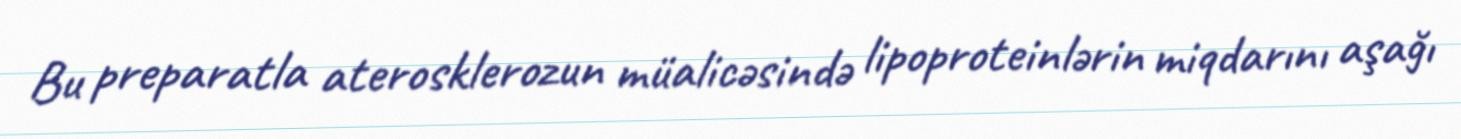
Bu preparatla aterosklerozun müalicəsində lipoproteinlərin miqdarını aşağı